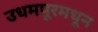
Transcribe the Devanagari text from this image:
उधमपूरमधून